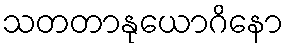
သတတာနုယောဂိနော